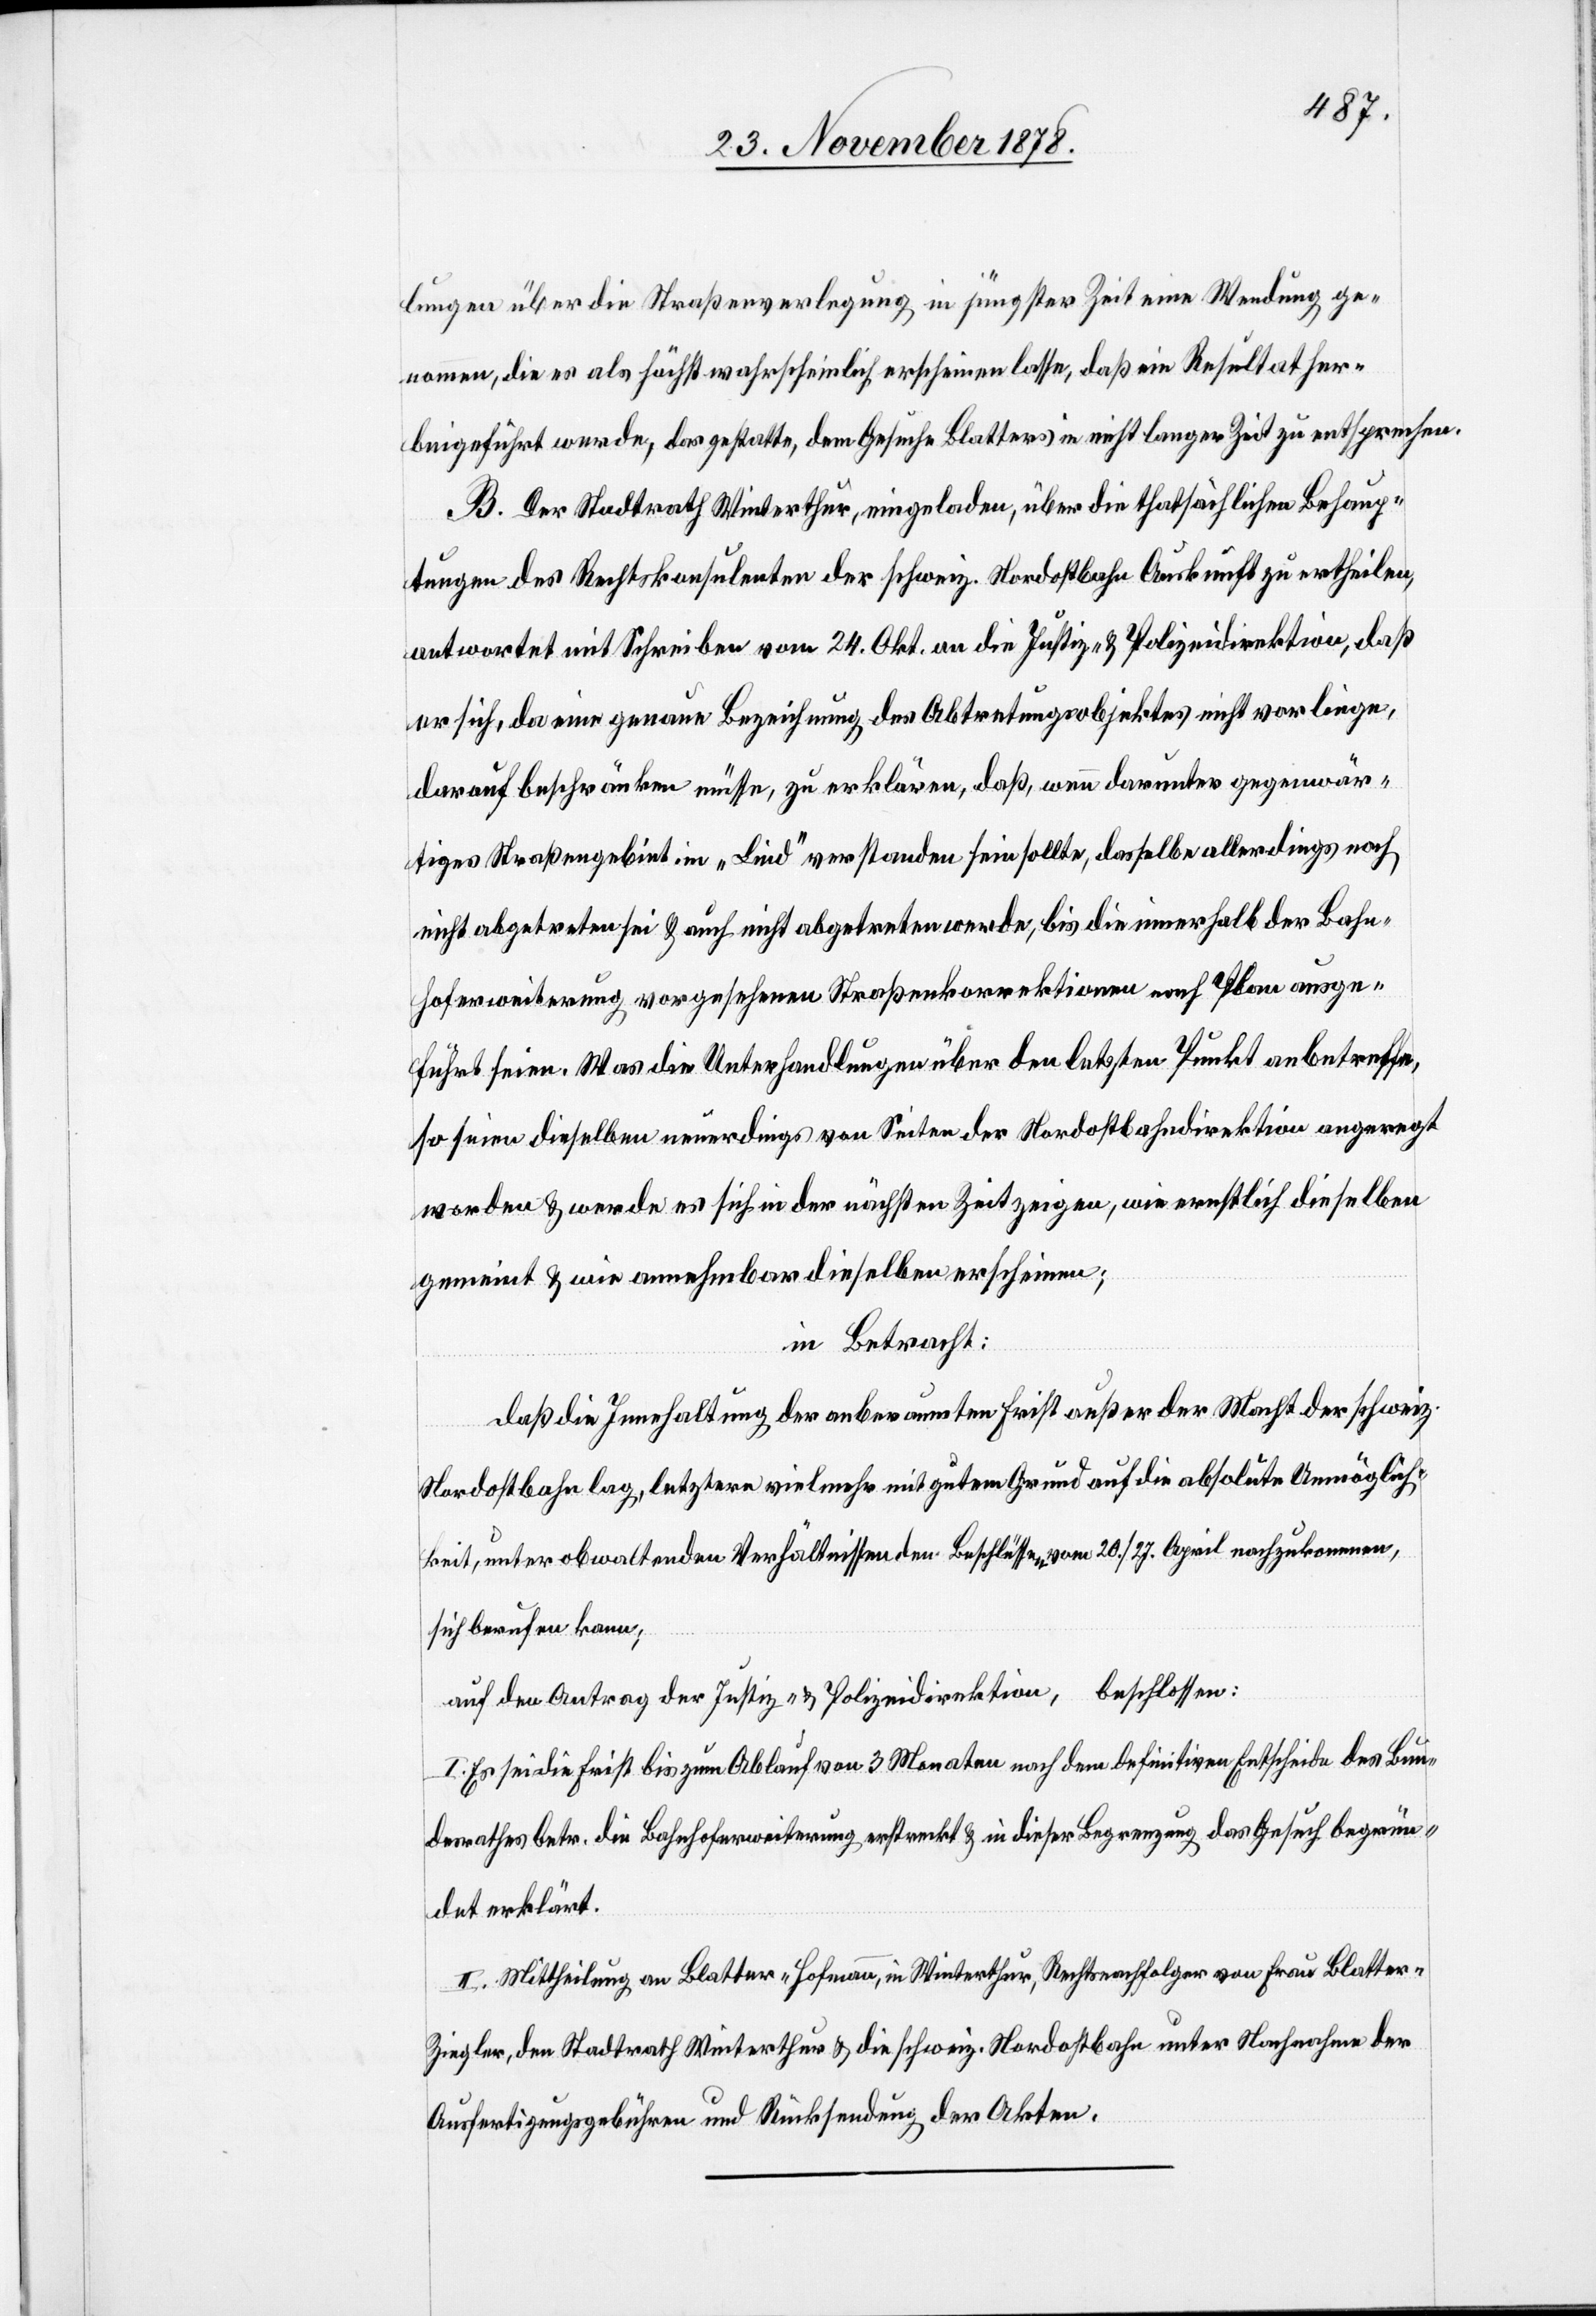
lungen über die Straßenverlegung in jüngster zeit eine Wendung ge¬
nommen, die es als höchstwahrscheinlich erscheinen lasse, daß ein Resultat her¬
beigeführt werden, das gestatte, dem Gesuche Blatters in nicht langer Zeit zu entsprechen.
B. Der Stadtrath Winterthur, eingeladen, über die thatsächlichen Behaup¬
tungen des Rechtskonsulenten der schweiz. Nordostbahn Auskunft zu ertheilen,
antwortet mit Schreiben vom 24. Okt. an die Justiz- & Polizeidirektion, daß
er sich, da eine genaue Bezeichnung des Abtretungsobjektes nicht vorliege,
darauf beschränken müsse, zu erklären, daß, wenn darunter gegenwär¬
tiges Straßengebiet im „Lied“ verstanden sein sollte, dasselbe allerdings noch
nicht abgetreten sei & auch nicht abgetreten werde, bis die innerhalb der Bahn¬
hoferweiterung vorgesehenen Straßenkorrektionen nach Plan ausge¬
führt seien. Was die Unterhandlungen über den letzten Punkt anbetreffe,
so seien dieselben neuerdings von Seiten der Nordostbahndirektion angeregt
worden & werde es sich in der nächsten Zeit zeigen, wie ernstlich dieselben
gemeint & wie annehmbar dieselben erscheinen;
in Betracht:
daß die Innehaltung der anberaumten Frist außer der Macht der schweiz.
Nordostbahn lag, letztere vielmehr mit gutem Grund auf die absolute Unmöglich¬
keit, unter obwaltenden Verhältnissen Beschlüssen vom 20./27. August nachzukommen,
sich berufen kann;
auf den Antrag der Justiz- & Polizeidirektion, beschlossen:
I. Es sei die Frist bis zum Ablauf von 3 Monaten nach dem definitiven Entscheide des Bun¬
desrathes betr. die Bahnhoferweiterung erstreckt & in dieser Begrenzung das Gesuch begrün¬
det erklärt.
II. Mittheilung an Blatter-Hofmann, in Winterthur, Rechtsnachfolger von Frau Blatter-Z¬
iegler, den Stadtrath Winterthur & die schweiz. Nordostbahn unter Nachnahme der
Ausfertigungsgebühren und Rücksendung der Akten.